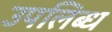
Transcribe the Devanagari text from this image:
उपलिब्ध